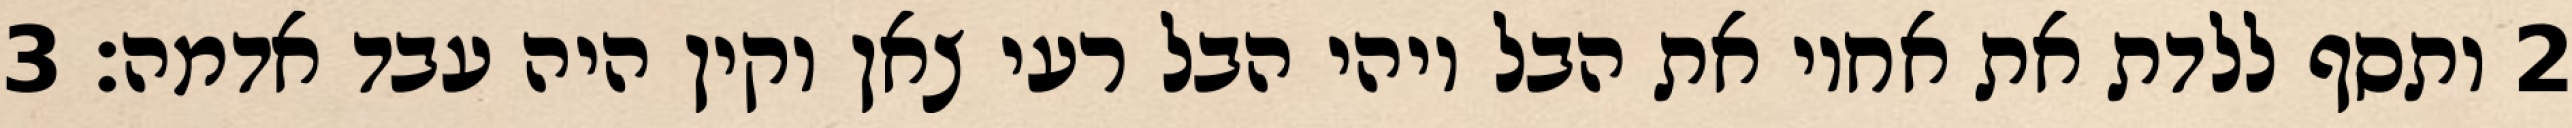
‎2‏ ותסף ללדת את אחיו את הבל ויהי הבל רעי צאן וקין היה עבד אדמה׃ ‎3‏